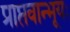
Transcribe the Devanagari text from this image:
प्राप्तवान्भूयः